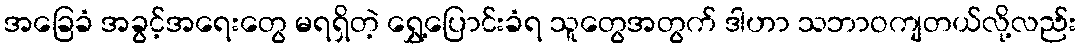
အခြေခံ အခွင့်အရေးတွေ မရရှိတဲ့ ရွှေ့ပြောင်းခံရ သူတွေအတွက် ဒါဟာ သဘာဝကျတယ်လို့လည်း